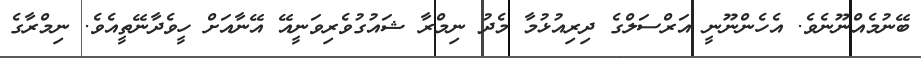
ބޭނުމެއްނޫނެވެ. އެހެންނޫނީ އަރްސަލްގެ ދިރިއުޅުމާ މެދު ނިމްރާ ޝައުގުވެރިވަނީއޭ އޭނާއަށް ހީވެދާނޭތީއެވެ. ނިމްރާގެ